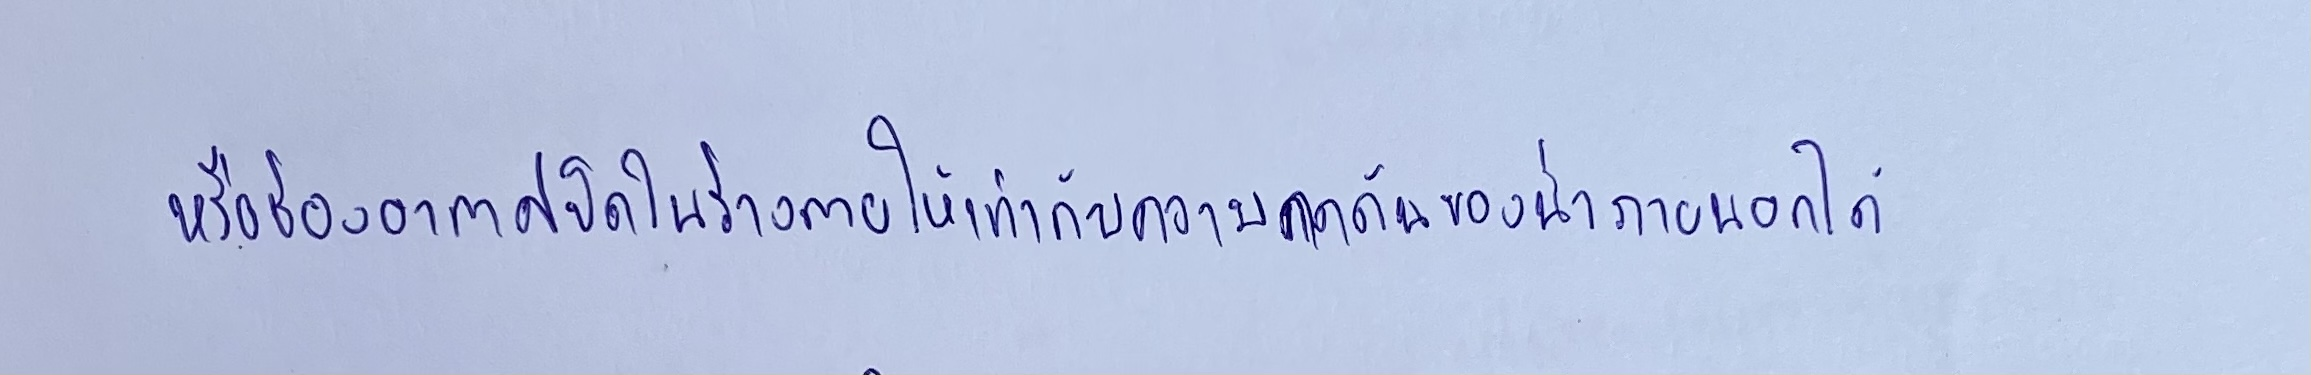
หรือช่องอากาศปิดในร่างกายให้เท่ากับความกดดันของน้ำภายนอกได้